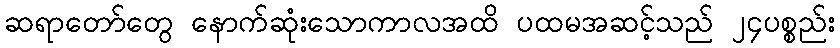
ဆရာတော်တွေ နောက်ဆုံးသောကာလအထိ ပထမအဆင့်သည် ၂၄ပစ္စည်း